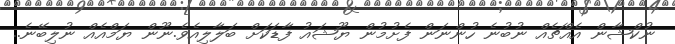
ނުކްޝާން އެއްޗެއް ނުބުނެ ހުންނަން ފެށުމުން ޔޫޝައު ފާޑަކަށް ބަލާލިއެވެ.ނޫން ޔަމްއެއް ނުލިބޭނެ..